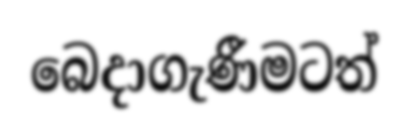
බෙදාගැණීමටත්